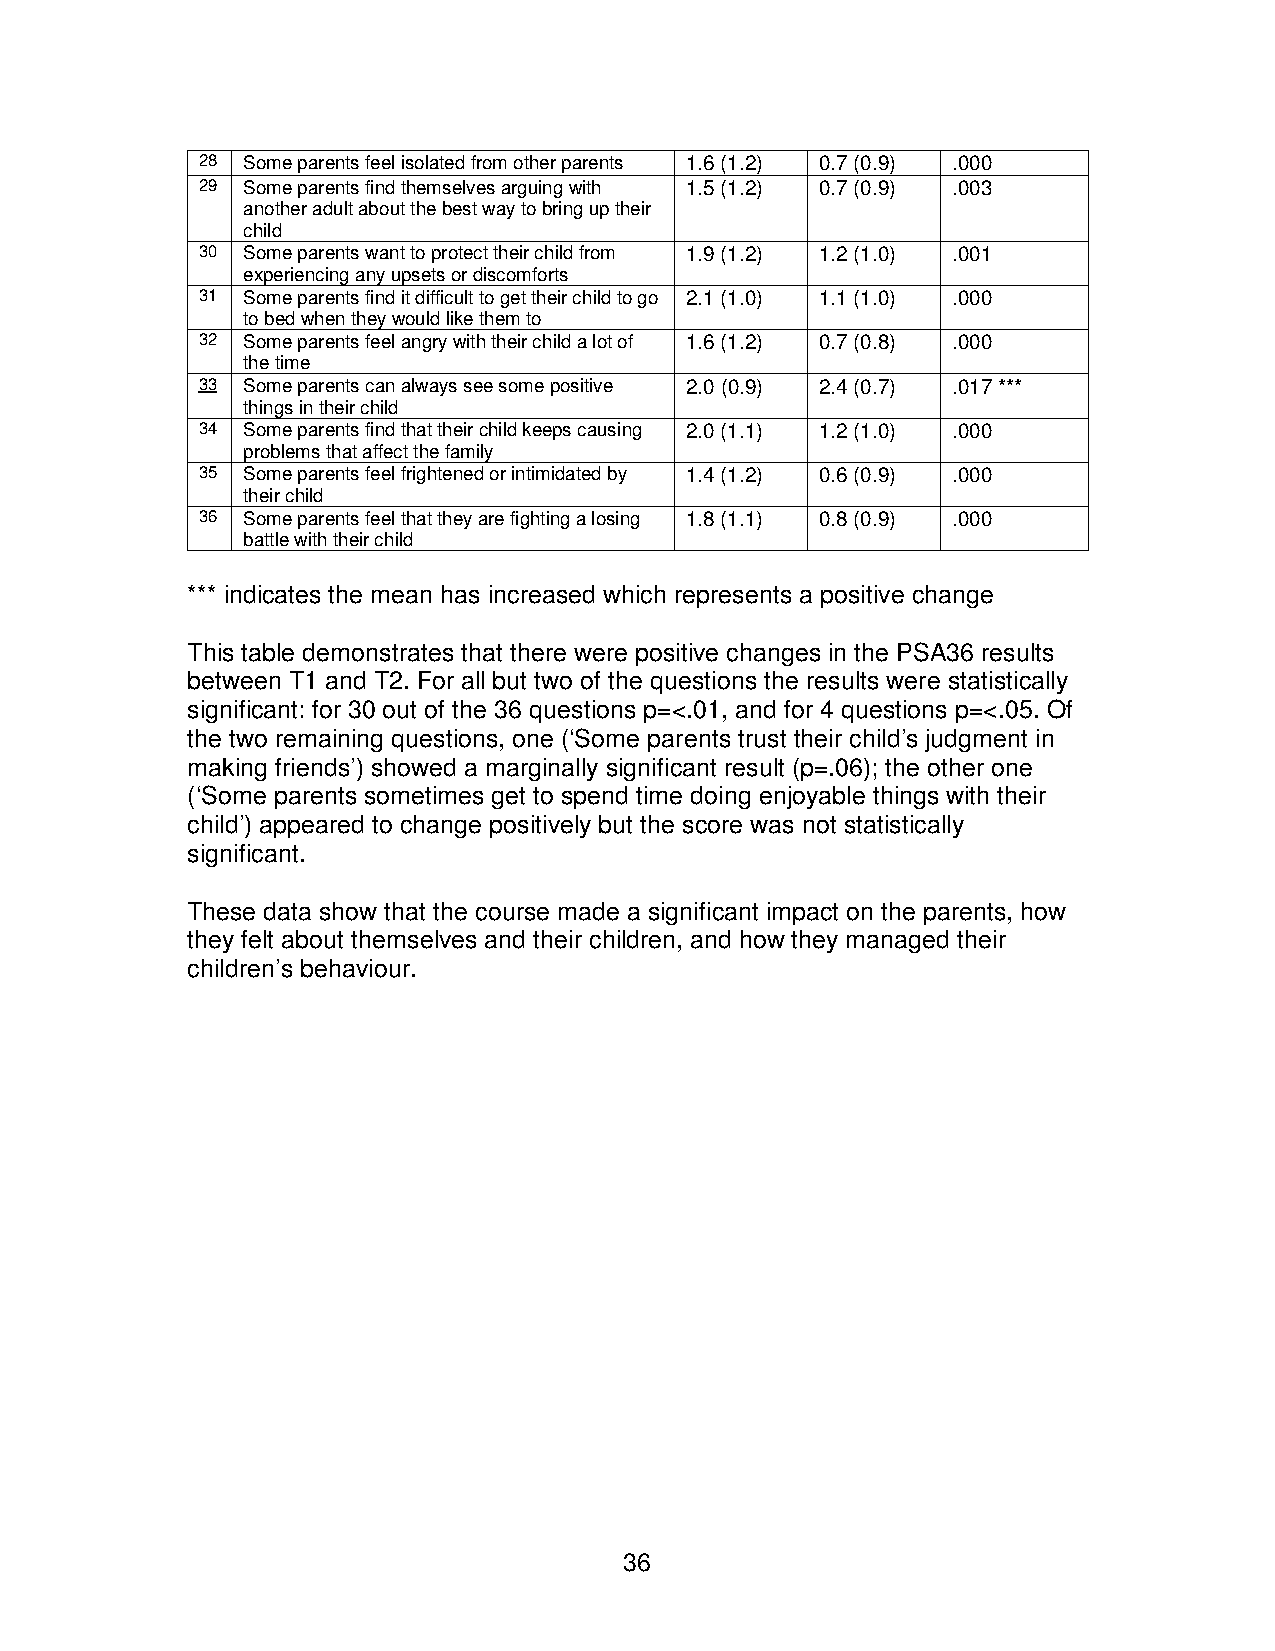
28 Some parents feel isolated from other parents 1.6 (1.2) 0.7 (0.9) .000
 29 Some parents find themselves arguing with 1.5 (1.2) 0.7 (0.9) .003
 another adult about the best way to bring up their
 child
 30 Some parents want to protect their child from 1.9 (1.2) 1.2 (1.0) .001
 experiencing any upsets or discomforts
 31 Some parents find it difficult to get their child to go 2.1 (1.0) 1.1 (1.0) .000
 to bed when they would like them to
 32 Some parents feel angry with their child a lot of 1.6 (1.2) 0.7 (0.8) .000
 the time
 33 Some parents can always see some positive 2.0 (0.9) 2.4 (0.7) .017 ***
 things in their child
 34 Some parents find that their child keeps causing 2.0 (1.1) 1.2 (1.0) .000
 problems that affect the family
 35 Some parents feel frightened or intimidated by 1.4 (1.2) 0.6 (0.9) .000
 their child
 36 Some parents feel that they are fighting a losing 1.8 (1.1) 0.8 (0.9) .000
 battle with their child
 *** indicates the mean has increased which represents a positive change
 This table demonstrates that there were positive changes in the PSA36 results
 between T1 and T2. For all but two of the questions the results were statistically
 significant: for 30 out of the 36 questions p=<.01, and for 4 questions p=<.05. Of
 the two remaining questions, one (‘Some parents trust their child’s judgment in
 making friends’) showed a marginally significant result (p=.06); the other one
 (‘Some parents sometimes get to spend time doing enjoyable things with their
 child’) appeared to change positively but the score was not statistically
 significant.
 These data show that the course made a significant impact on the parents, how
 they felt about themselves and their children, and how they managed their
 children’s behaviour.
 36